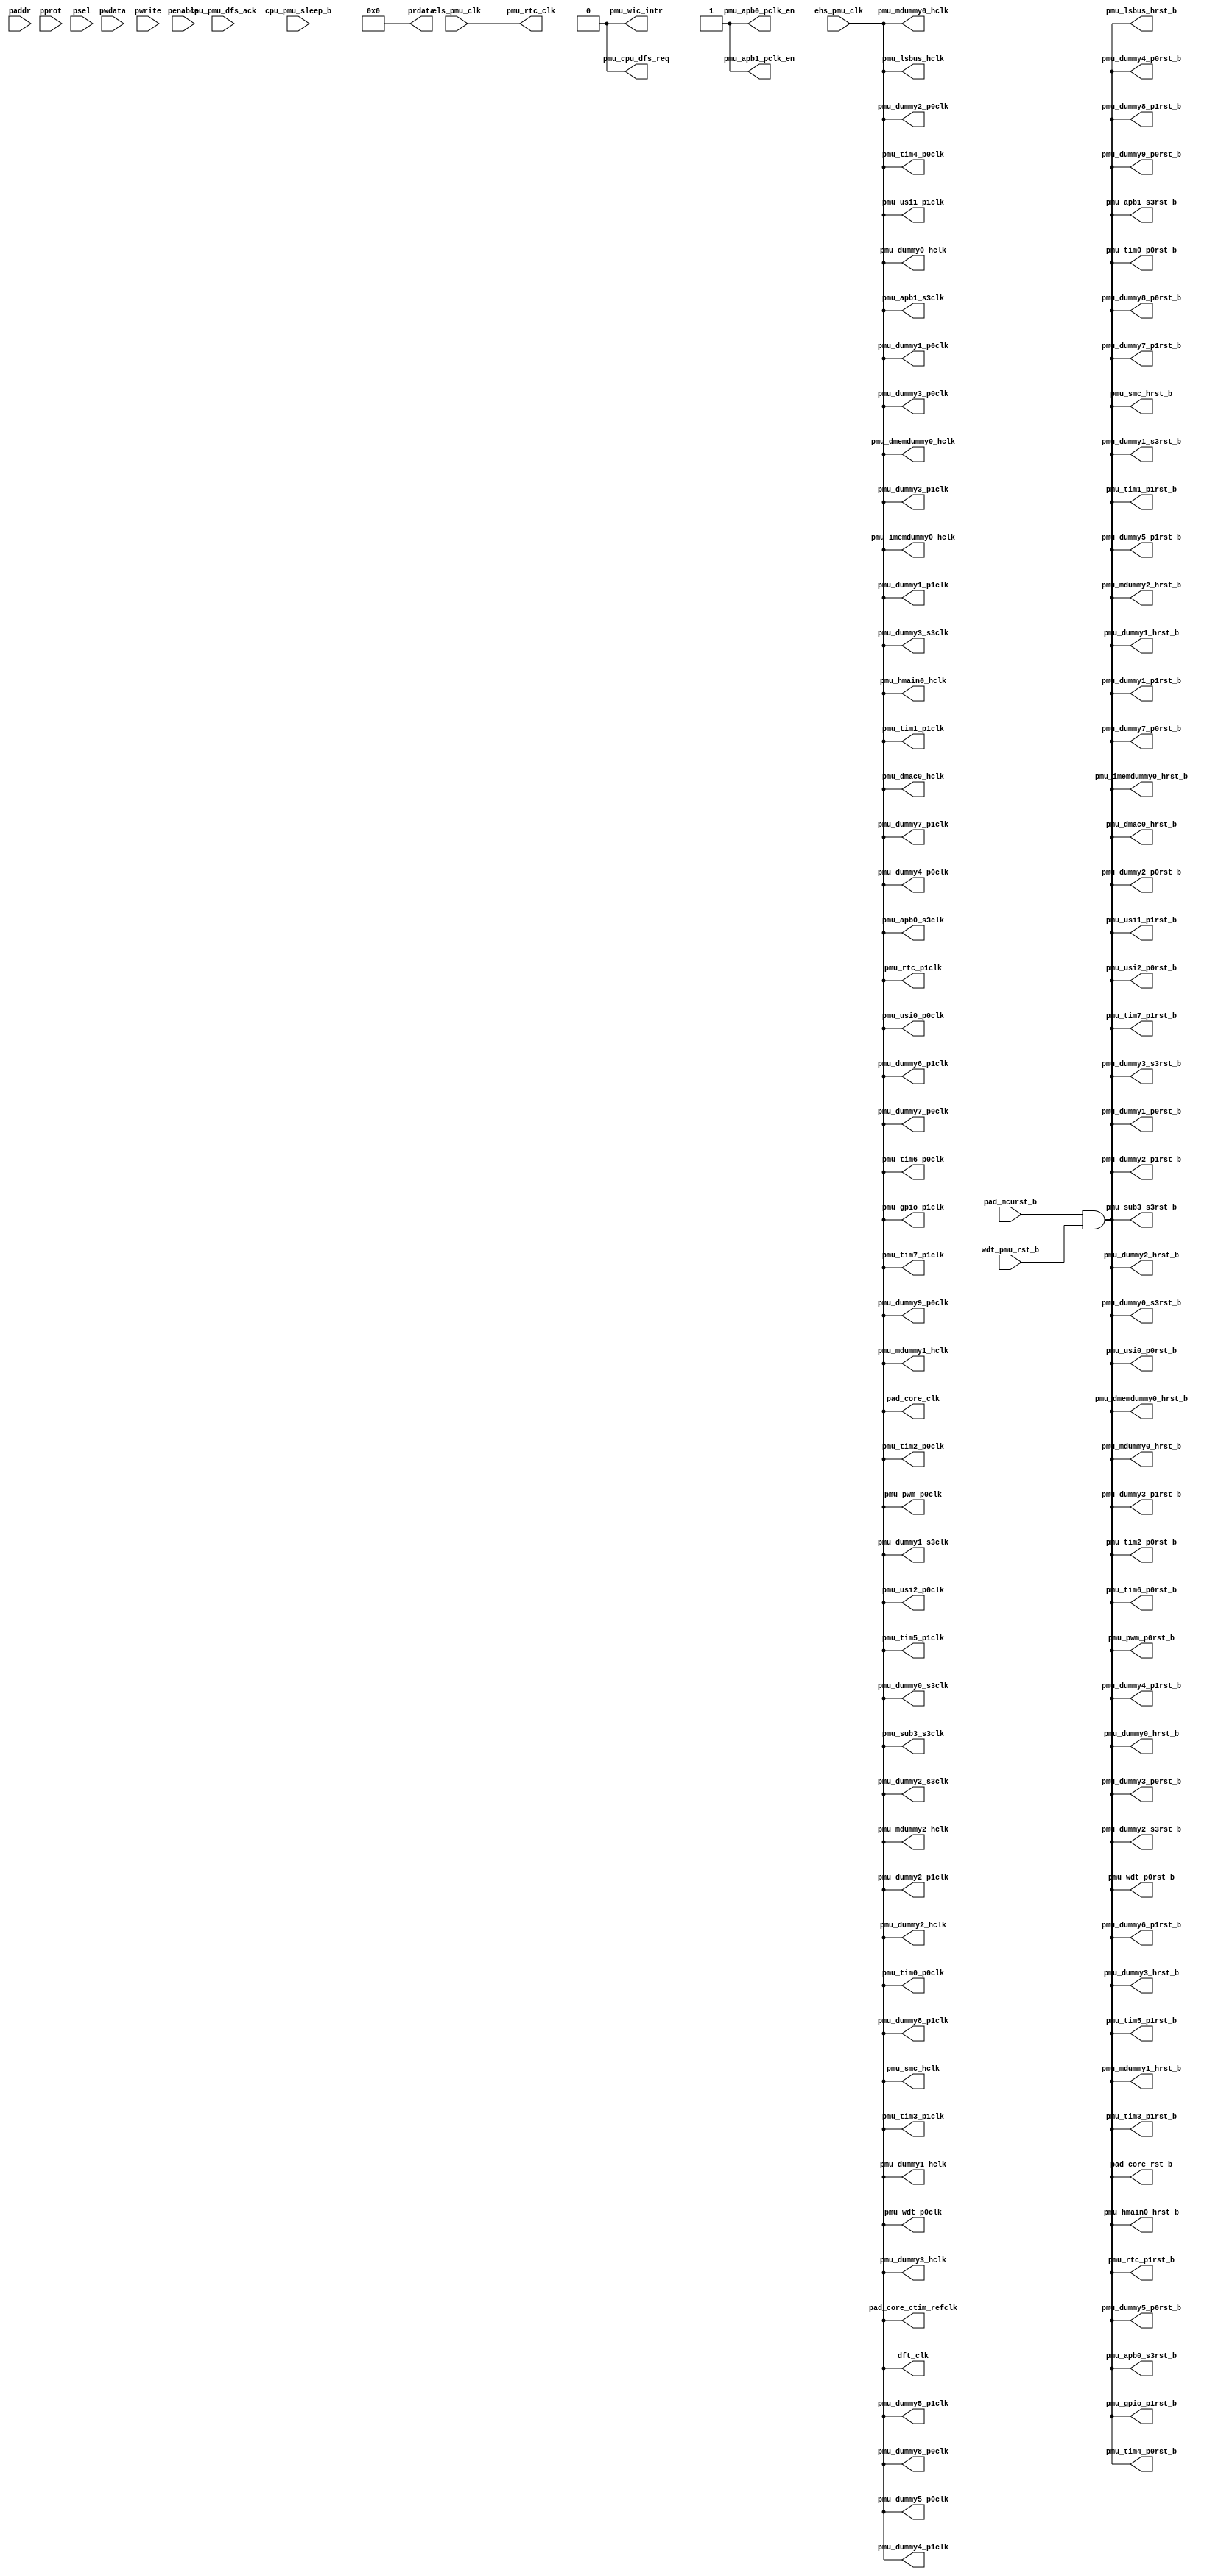
/*
Copyright (c) 2019 Alibaba Group Holding Limited

Permission is hereby granted, free of charge, to any person obtaining a copy of this software and associated documentation files (the "Software"), to deal in the Software without restriction, including without limitation the rights to use, copy, modify, merge, publish, distribute, sublicense, and/or sell copies of the Software, and to permit persons to whom the Software is furnished to do so, subject to the following conditions:

The above copyright notice and this permission notice shall be included in all copies or substantial portions of the Software.

THE SOFTWARE IS PROVIDED "AS IS", WITHOUT WARRANTY OF ANY KIND, EXPRESS OR IMPLIED, INCLUDING BUT NOT LIMITED TO THE WARRANTIES OF MERCHANTABILITY, FITNESS FOR A PARTICULAR PURPOSE AND NONINFRINGEMENT. IN NO EVENT SHALL THE AUTHORS OR COPYRIGHT HOLDERS BE LIABLE FOR ANY CLAIM, DAMAGES OR OTHER LIABILITY, WHETHER IN AN ACTION OF CONTRACT, TORT OR OTHERWISE, ARISING FROM, OUT OF OR IN CONNECTION WITH THE SOFTWARE OR THE USE OR OTHER DEALINGS IN THE SOFTWARE.

*/
module pmu_dummy_top(
  cpu_pmu_dfs_ack,
  cpu_pmu_sleep_b,
  dft_clk,
  ehs_pmu_clk,
  els_pmu_clk,
  pad_core_clk,
  pad_core_ctim_refclk,
  pad_core_rst_b,
  pad_mcurst_b,
  paddr,
  penable,
  pmu_apb0_pclk_en,
  pmu_apb0_s3clk,
  pmu_apb0_s3rst_b,
  pmu_apb1_pclk_en,
  pmu_apb1_s3clk,
  pmu_apb1_s3rst_b,
  pmu_cpu_dfs_req,
  pmu_dmac0_hclk,
  pmu_dmac0_hrst_b,
  pmu_dmemdummy0_hclk,
  pmu_dmemdummy0_hrst_b,
  pmu_dummy0_hclk,
  pmu_dummy0_hrst_b,
  pmu_dummy0_s3clk,
  pmu_dummy0_s3rst_b,
  pmu_dummy1_hclk,
  pmu_dummy1_hrst_b,
  pmu_dummy1_p0clk,
  pmu_dummy1_p0rst_b,
  pmu_dummy1_p1clk,
  pmu_dummy1_p1rst_b,
  pmu_dummy1_s3clk,
  pmu_dummy1_s3rst_b,
  pmu_dummy2_hclk,
  pmu_dummy2_hrst_b,
  pmu_dummy2_p0clk,
  pmu_dummy2_p0rst_b,
  pmu_dummy2_p1clk,
  pmu_dummy2_p1rst_b,
  pmu_dummy2_s3clk,
  pmu_dummy2_s3rst_b,
  pmu_dummy3_hclk,
  pmu_dummy3_hrst_b,
  pmu_dummy3_p0clk,
  pmu_dummy3_p0rst_b,
  pmu_dummy3_p1clk,
  pmu_dummy3_p1rst_b,
  pmu_dummy3_s3clk,
  pmu_dummy3_s3rst_b,
  pmu_dummy4_p0clk,
  pmu_dummy4_p0rst_b,
  pmu_dummy4_p1clk,
  pmu_dummy4_p1rst_b,
  pmu_dummy5_p0clk,
  pmu_dummy5_p0rst_b,
  pmu_dummy5_p1clk,
  pmu_dummy5_p1rst_b,
  pmu_dummy6_p1clk,
  pmu_dummy6_p1rst_b,
  pmu_dummy7_p0clk,
  pmu_dummy7_p0rst_b,
  pmu_dummy7_p1clk,
  pmu_dummy7_p1rst_b,
  pmu_dummy8_p0clk,
  pmu_dummy8_p0rst_b,
  pmu_dummy8_p1clk,
  pmu_dummy8_p1rst_b,
  pmu_dummy9_p0clk,
  pmu_dummy9_p0rst_b,
  pmu_gpio_p1clk,
  pmu_gpio_p1rst_b,
  pmu_hmain0_hclk,
  pmu_hmain0_hrst_b,
  pmu_imemdummy0_hclk,
  pmu_imemdummy0_hrst_b,
  pmu_lsbus_hclk,
  pmu_lsbus_hrst_b,
  pmu_mdummy0_hclk,
  pmu_mdummy0_hrst_b,
  pmu_mdummy1_hclk,
  pmu_mdummy1_hrst_b,
  pmu_mdummy2_hclk,
  pmu_mdummy2_hrst_b,
  pmu_pwm_p0clk,
  pmu_pwm_p0rst_b,
  pmu_rtc_clk,
  pmu_rtc_p1clk,
  pmu_rtc_p1rst_b,
  pmu_smc_hclk,
  pmu_smc_hrst_b,
  pmu_sub3_s3clk,
  pmu_sub3_s3rst_b,
  pmu_tim0_p0clk,
  pmu_tim0_p0rst_b,
  pmu_tim1_p1clk,
  pmu_tim1_p1rst_b,
  pmu_tim2_p0clk,
  pmu_tim2_p0rst_b,
  pmu_tim3_p1clk,
  pmu_tim3_p1rst_b,
  pmu_tim4_p0clk,
  pmu_tim4_p0rst_b,
  pmu_tim5_p1clk,
  pmu_tim5_p1rst_b,
  pmu_tim6_p0clk,
  pmu_tim6_p0rst_b,
  pmu_tim7_p1clk,
  pmu_tim7_p1rst_b,
  pmu_usi0_p0clk,
  pmu_usi0_p0rst_b,
  pmu_usi1_p1clk,
  pmu_usi1_p1rst_b,
  pmu_usi2_p0clk,
  pmu_usi2_p0rst_b,
  pmu_wdt_p0clk,
  pmu_wdt_p0rst_b,
  pmu_wic_intr,
  pprot,
  prdata,
  psel,
  pwdata,
  pwrite,
  wdt_pmu_rst_b
);
input           cpu_pmu_dfs_ack;      
input           cpu_pmu_sleep_b;      
input           ehs_pmu_clk;          
input           els_pmu_clk;          
input           pad_mcurst_b;         
input   [31:0]  paddr;                
input           penable;              
input   [2 :0]  pprot;                
input           psel;                 
input   [31:0]  pwdata;               
input           pwrite;               
input           wdt_pmu_rst_b;        
output          dft_clk;              
output          pad_core_clk;         
output          pad_core_ctim_refclk; 
output          pad_core_rst_b;       
output          pmu_apb0_pclk_en;     
output          pmu_apb0_s3clk;       
output          pmu_apb0_s3rst_b;     
output          pmu_apb1_pclk_en;     
output          pmu_apb1_s3clk;       
output          pmu_apb1_s3rst_b;     
output          pmu_cpu_dfs_req;      
output          pmu_dmac0_hclk;       
output          pmu_dmac0_hrst_b;     
output          pmu_dmemdummy0_hclk;  
output          pmu_dmemdummy0_hrst_b; 
output          pmu_dummy0_hclk;      
output          pmu_dummy0_hrst_b;    
output          pmu_dummy0_s3clk;     
output          pmu_dummy0_s3rst_b;   
output          pmu_dummy1_hclk;      
output          pmu_dummy1_hrst_b;    
output          pmu_dummy1_p0clk;     
output          pmu_dummy1_p0rst_b;   
output          pmu_dummy1_p1clk;     
output          pmu_dummy1_p1rst_b;   
output          pmu_dummy1_s3clk;     
output          pmu_dummy1_s3rst_b;   
output          pmu_dummy2_hclk;      
output          pmu_dummy2_hrst_b;    
output          pmu_dummy2_p0clk;     
output          pmu_dummy2_p0rst_b;   
output          pmu_dummy2_p1clk;     
output          pmu_dummy2_p1rst_b;   
output          pmu_dummy2_s3clk;     
output          pmu_dummy2_s3rst_b;   
output          pmu_dummy3_hclk;      
output          pmu_dummy3_hrst_b;    
output          pmu_dummy3_p0clk;     
output          pmu_dummy3_p0rst_b;   
output          pmu_dummy3_p1clk;     
output          pmu_dummy3_p1rst_b;   
output          pmu_dummy3_s3clk;     
output          pmu_dummy3_s3rst_b;   
output          pmu_dummy4_p0clk;     
output          pmu_dummy4_p0rst_b;   
output          pmu_dummy4_p1clk;     
output          pmu_dummy4_p1rst_b;   
output          pmu_dummy5_p0clk;     
output          pmu_dummy5_p0rst_b;   
output          pmu_dummy5_p1clk;     
output          pmu_dummy5_p1rst_b;   
output          pmu_dummy6_p1clk;     
output          pmu_dummy6_p1rst_b;   
output          pmu_dummy7_p0clk;     
output          pmu_dummy7_p0rst_b;   
output          pmu_dummy7_p1clk;     
output          pmu_dummy7_p1rst_b;   
output          pmu_dummy8_p0clk;     
output          pmu_dummy8_p0rst_b;   
output          pmu_dummy8_p1clk;     
output          pmu_dummy8_p1rst_b;   
output          pmu_dummy9_p0clk;     
output          pmu_dummy9_p0rst_b;   
output          pmu_gpio_p1clk;       
output          pmu_gpio_p1rst_b;     
output          pmu_hmain0_hclk;      
output          pmu_hmain0_hrst_b;    
output          pmu_imemdummy0_hclk;  
output          pmu_imemdummy0_hrst_b; 
output          pmu_lsbus_hclk;       
output          pmu_lsbus_hrst_b;     
output          pmu_mdummy0_hclk;     
output          pmu_mdummy0_hrst_b;   
output          pmu_mdummy1_hclk;     
output          pmu_mdummy1_hrst_b;   
output          pmu_mdummy2_hclk;     
output          pmu_mdummy2_hrst_b;   
output          pmu_pwm_p0clk;        
output          pmu_pwm_p0rst_b;      
output          pmu_rtc_clk;          
output          pmu_rtc_p1clk;        
output          pmu_rtc_p1rst_b;      
output          pmu_smc_hclk;         
output          pmu_smc_hrst_b;       
output          pmu_sub3_s3clk;       
output          pmu_sub3_s3rst_b;     
output          pmu_tim0_p0clk;       
output          pmu_tim0_p0rst_b;     
output          pmu_tim1_p1clk;       
output          pmu_tim1_p1rst_b;     
output          pmu_tim2_p0clk;       
output          pmu_tim2_p0rst_b;     
output          pmu_tim3_p1clk;       
output          pmu_tim3_p1rst_b;     
output          pmu_tim4_p0clk;       
output          pmu_tim4_p0rst_b;     
output          pmu_tim5_p1clk;       
output          pmu_tim5_p1rst_b;     
output          pmu_tim6_p0clk;       
output          pmu_tim6_p0rst_b;     
output          pmu_tim7_p1clk;       
output          pmu_tim7_p1rst_b;     
output          pmu_usi0_p0clk;       
output          pmu_usi0_p0rst_b;     
output          pmu_usi1_p1clk;       
output          pmu_usi1_p1rst_b;     
output          pmu_usi2_p0clk;       
output          pmu_usi2_p0rst_b;     
output          pmu_wdt_p0clk;        
output          pmu_wdt_p0rst_b;      
output          pmu_wic_intr;         
output  [31:0]  prdata;               
wire            dft_clk;              
wire            ehs_pmu_clk;          
wire            els_pmu_clk;          
wire            pad_core_clk;         
wire            pad_core_ctim_refclk; 
wire            pad_core_rst_b;       
wire            pad_mcurst_b;         
wire            pmu_apb0_pclk_en;     
wire            pmu_apb0_s3clk;       
wire            pmu_apb0_s3rst_b;     
wire            pmu_apb1_pclk_en;     
wire            pmu_apb1_s3clk;       
wire            pmu_apb1_s3rst_b;     
wire            pmu_cpu_dfs_req;      
wire            pmu_dmac0_hclk;       
wire            pmu_dmac0_hrst_b;     
wire            pmu_dmemdummy0_hclk;  
wire            pmu_dmemdummy0_hrst_b; 
wire            pmu_dummy0_hclk;      
wire            pmu_dummy0_hrst_b;    
wire            pmu_dummy0_s3clk;     
wire            pmu_dummy0_s3rst_b;   
wire            pmu_dummy1_hclk;      
wire            pmu_dummy1_hrst_b;    
wire            pmu_dummy1_p0clk;     
wire            pmu_dummy1_p0rst_b;   
wire            pmu_dummy1_p1clk;     
wire            pmu_dummy1_p1rst_b;   
wire            pmu_dummy1_s3clk;     
wire            pmu_dummy1_s3rst_b;   
wire            pmu_dummy2_hclk;      
wire            pmu_dummy2_hrst_b;    
wire            pmu_dummy2_p0clk;     
wire            pmu_dummy2_p0rst_b;   
wire            pmu_dummy2_p1clk;     
wire            pmu_dummy2_p1rst_b;   
wire            pmu_dummy2_s3clk;     
wire            pmu_dummy2_s3rst_b;   
wire            pmu_dummy3_hclk;      
wire            pmu_dummy3_hrst_b;    
wire            pmu_dummy3_p0clk;     
wire            pmu_dummy3_p0rst_b;   
wire            pmu_dummy3_p1clk;     
wire            pmu_dummy3_p1rst_b;   
wire            pmu_dummy3_s3clk;     
wire            pmu_dummy3_s3rst_b;   
wire            pmu_dummy4_p0clk;     
wire            pmu_dummy4_p0rst_b;   
wire            pmu_dummy4_p1clk;     
wire            pmu_dummy4_p1rst_b;   
wire            pmu_dummy5_p0clk;     
wire            pmu_dummy5_p0rst_b;   
wire            pmu_dummy5_p1clk;     
wire            pmu_dummy5_p1rst_b;   
wire            pmu_dummy6_p1clk;     
wire            pmu_dummy6_p1rst_b;   
wire            pmu_dummy7_p0clk;     
wire            pmu_dummy7_p0rst_b;   
wire            pmu_dummy7_p1clk;     
wire            pmu_dummy7_p1rst_b;   
wire            pmu_dummy8_p0clk;     
wire            pmu_dummy8_p0rst_b;   
wire            pmu_dummy8_p1clk;     
wire            pmu_dummy8_p1rst_b;   
wire            pmu_dummy9_p0clk;     
wire            pmu_dummy9_p0rst_b;   
wire            pmu_gpio_p1clk;       
wire            pmu_gpio_p1rst_b;     
wire            pmu_hmain0_hclk;      
wire            pmu_hmain0_hrst_b;    
wire            pmu_imemdummy0_hclk;  
wire            pmu_imemdummy0_hrst_b; 
wire            pmu_lsbus_hclk;       
wire            pmu_lsbus_hrst_b;     
wire            pmu_mdummy0_hclk;     
wire            pmu_mdummy0_hrst_b;   
wire            pmu_mdummy1_hclk;     
wire            pmu_mdummy1_hrst_b;   
wire            pmu_mdummy2_hclk;     
wire            pmu_mdummy2_hrst_b;   
wire            pmu_pwm_p0clk;        
wire            pmu_pwm_p0rst_b;      
wire            pmu_rtc_clk;          
wire            pmu_rtc_p1clk;        
wire            pmu_rtc_p1rst_b;      
wire            pmu_smc_hclk;         
wire            pmu_smc_hrst_b;       
wire            pmu_sub3_s3clk;       
wire            pmu_sub3_s3rst_b;     
wire            pmu_tim0_p0clk;       
wire            pmu_tim0_p0rst_b;     
wire            pmu_tim1_p1clk;       
wire            pmu_tim1_p1rst_b;     
wire            pmu_tim2_p0clk;       
wire            pmu_tim2_p0rst_b;     
wire            pmu_tim3_p1clk;       
wire            pmu_tim3_p1rst_b;     
wire            pmu_tim4_p0clk;       
wire            pmu_tim4_p0rst_b;     
wire            pmu_tim5_p1clk;       
wire            pmu_tim5_p1rst_b;     
wire            pmu_tim6_p0clk;       
wire            pmu_tim6_p0rst_b;     
wire            pmu_tim7_p1clk;       
wire            pmu_tim7_p1rst_b;     
wire            pmu_usi0_p0clk;       
wire            pmu_usi0_p0rst_b;     
wire            pmu_usi1_p1clk;       
wire            pmu_usi1_p1rst_b;     
wire            pmu_usi2_p0clk;       
wire            pmu_usi2_p0rst_b;     
wire            pmu_wdt_p0clk;        
wire            pmu_wdt_p0rst_b;      
wire            pmu_wic_intr;         
wire    [31:0]  prdata;               
wire            soc_hclk;             
wire            soc_hrst_b;           
wire            soc_p0clk;            
wire            soc_p0rst_b;          
wire            soc_p1clk;            
wire            soc_p1rst_b;          
wire            soc_s3clk;            
wire            soc_s3rst_b;          
wire            sys_rst_b;            
wire            wdt_pmu_rst_b;        
assign pmu_cpu_dfs_req = 1'b0;
assign pmu_wic_intr = 1'b0;
assign prdata[31:0] = 32'h0;
assign pmu_apb0_pclk_en = 1'b1;
assign pmu_apb1_pclk_en = 1'b1;
assign pmu_rtc_clk = els_pmu_clk;
assign  soc_hclk = ehs_pmu_clk;
assign  soc_p0clk = ehs_pmu_clk;
assign  soc_p1clk = ehs_pmu_clk;
assign  soc_s3clk = ehs_pmu_clk;
assign  dft_clk = ehs_pmu_clk;
assign sys_rst_b = pad_mcurst_b & wdt_pmu_rst_b;
assign  soc_hrst_b  = sys_rst_b;
assign  soc_p0rst_b = sys_rst_b;
assign  soc_p1rst_b = sys_rst_b;
assign  soc_s3rst_b = sys_rst_b;
assign  pad_core_clk = soc_hclk; 
assign  pad_core_ctim_refclk = soc_hclk;
assign  pmu_dmac0_hclk = soc_hclk;
assign  pmu_imemdummy0_hclk = soc_hclk;
assign  pmu_dmemdummy0_hclk = soc_hclk;
assign  pmu_dummy0_hclk = soc_hclk;
assign  pmu_dummy1_hclk = soc_hclk;
assign  pmu_dummy2_hclk = soc_hclk;
assign  pmu_dummy3_hclk = soc_hclk;
assign  pmu_hmain0_hclk = soc_hclk;
assign  pmu_lsbus_hclk = soc_hclk;
assign  pmu_mdummy0_hclk = soc_hclk;
assign  pmu_mdummy1_hclk = soc_hclk;
assign  pmu_mdummy2_hclk = soc_hclk;
assign  pmu_smc_hclk = soc_hclk;
assign  pmu_apb0_s3clk = soc_s3clk;
assign  pmu_apb1_s3clk = soc_s3clk;
assign  pmu_sub3_s3clk = soc_s3clk;
assign  pmu_dummy0_s3clk = soc_s3clk;
assign  pmu_dummy1_s3clk = soc_s3clk;
assign  pmu_dummy2_s3clk = soc_s3clk;
assign  pmu_dummy3_s3clk = soc_s3clk;
assign  pmu_tim0_p0clk = soc_p0clk;
assign  pmu_tim2_p0clk = soc_p0clk;
assign  pmu_tim4_p0clk = soc_p0clk;
assign  pmu_tim6_p0clk = soc_p0clk;
assign  pmu_usi0_p0clk = soc_p0clk;
assign  pmu_usi2_p0clk = soc_p0clk;
assign  pmu_dummy1_p0clk = soc_p0clk;
assign  pmu_wdt_p0clk = soc_p0clk;
assign  pmu_dummy2_p0clk = soc_p0clk;
assign  pmu_dummy3_p0clk = soc_p0clk;
assign  pmu_dummy4_p0clk = soc_p0clk;
assign  pmu_dummy5_p0clk = soc_p0clk;
assign  pmu_pwm_p0clk = soc_p0clk;
assign  pmu_dummy7_p0clk = soc_p0clk;
assign  pmu_dummy8_p0clk = soc_p0clk;
assign  pmu_dummy9_p0clk = soc_p0clk;
assign  pmu_tim1_p1clk = soc_p1clk;
assign  pmu_tim3_p1clk = soc_p1clk;
assign  pmu_tim5_p1clk = soc_p1clk;
assign  pmu_tim7_p1clk = soc_p1clk;
assign  pmu_usi1_p1clk = soc_p1clk;
assign  pmu_gpio_p1clk = soc_p1clk;
assign  pmu_rtc_p1clk = soc_p1clk;
assign  pmu_dummy1_p1clk = soc_p1clk;
assign  pmu_dummy2_p1clk = soc_p1clk;
assign  pmu_dummy3_p1clk = soc_p1clk;
assign  pmu_dummy4_p1clk = soc_p1clk;
assign  pmu_dummy5_p1clk = soc_p1clk;
assign  pmu_dummy6_p1clk = soc_p1clk;
assign  pmu_dummy7_p1clk = soc_p1clk;
assign  pmu_dummy8_p1clk = soc_p1clk;
assign  pad_core_rst_b = soc_hrst_b;
assign  pmu_dmac0_hrst_b = soc_hrst_b;
assign  pmu_imemdummy0_hrst_b = soc_hrst_b;
assign  pmu_dmemdummy0_hrst_b = soc_hrst_b;
assign  pmu_dummy0_hrst_b = soc_hrst_b;
assign  pmu_dummy1_hrst_b = soc_hrst_b;
assign  pmu_dummy2_hrst_b = soc_hrst_b;
assign  pmu_dummy3_hrst_b = soc_hrst_b;
assign  pmu_hmain0_hrst_b = soc_hrst_b;
assign  pmu_lsbus_hrst_b = soc_hrst_b;
assign  pmu_mdummy0_hrst_b = soc_hrst_b;
assign  pmu_mdummy1_hrst_b = soc_hrst_b;
assign  pmu_mdummy2_hrst_b = soc_hrst_b;
assign  pmu_smc_hrst_b = soc_hrst_b;
assign  pmu_apb0_s3rst_b = soc_s3rst_b;
assign  pmu_apb1_s3rst_b = soc_s3rst_b;
assign  pmu_dummy0_s3rst_b = soc_s3rst_b;
assign  pmu_dummy1_s3rst_b = soc_s3rst_b;
assign  pmu_dummy2_s3rst_b = soc_s3rst_b;
assign  pmu_dummy3_s3rst_b = soc_s3rst_b;
assign  pmu_sub3_s3rst_b = soc_s3rst_b;
assign  pmu_dummy1_p0rst_b = soc_p0rst_b;
assign  pmu_wdt_p0rst_b = soc_p0rst_b;
assign  pmu_dummy2_p0rst_b = soc_p0rst_b;
assign  pmu_dummy3_p0rst_b = soc_p0rst_b;
assign  pmu_dummy4_p0rst_b = soc_p0rst_b;
assign  pmu_dummy5_p0rst_b = soc_p0rst_b;
assign  pmu_pwm_p0rst_b = soc_p0rst_b;
assign  pmu_dummy7_p0rst_b = soc_p0rst_b;
assign  pmu_dummy8_p0rst_b = soc_p0rst_b;
assign  pmu_dummy9_p0rst_b = soc_p0rst_b;
assign  pmu_tim0_p0rst_b = soc_p0rst_b;
assign  pmu_tim2_p0rst_b = soc_p0rst_b;
assign  pmu_tim4_p0rst_b = soc_p0rst_b;
assign  pmu_tim6_p0rst_b = soc_p0rst_b;
assign  pmu_usi0_p0rst_b = soc_p0rst_b;
assign  pmu_usi2_p0rst_b = soc_p0rst_b;
assign  pmu_rtc_p1rst_b = soc_p1rst_b;
assign  pmu_dummy1_p1rst_b = soc_p1rst_b;
assign  pmu_dummy2_p1rst_b = soc_p1rst_b;
assign  pmu_dummy3_p1rst_b = soc_p1rst_b;
assign  pmu_dummy4_p1rst_b = soc_p1rst_b;
assign  pmu_dummy5_p1rst_b = soc_p1rst_b;
assign  pmu_dummy6_p1rst_b = soc_p1rst_b;
assign  pmu_dummy7_p1rst_b = soc_p1rst_b;
assign  pmu_dummy8_p1rst_b = soc_p1rst_b;
assign  pmu_gpio_p1rst_b = soc_p1rst_b;
assign  pmu_tim1_p1rst_b = soc_p1rst_b;
assign  pmu_tim3_p1rst_b = soc_p1rst_b;
assign  pmu_tim5_p1rst_b = soc_p1rst_b;
assign  pmu_tim7_p1rst_b = soc_p1rst_b;
assign  pmu_usi1_p1rst_b = soc_p1rst_b;
endmodule